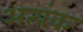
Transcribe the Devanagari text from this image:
अत्यंक